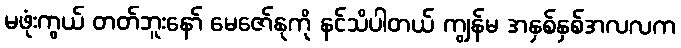
မဖုံးကွယ် တတ်ဘူးနော် မေဇော်နုကို နင်သိပါတယ် ကျွန်မ အနှစ်နှစ်အလလက